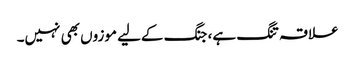
علاقہ تنگ ہے، جنگ کےلیے موزوں بھی نہیں۔